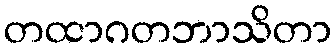
တထာဂတဘာသိတာ